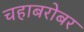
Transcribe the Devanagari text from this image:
चहाबरोबर